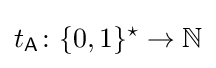
t_{\mathsf {A}}\colon \{0,1\}^{\star }\to \mathbb {N}